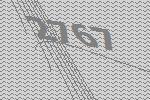
2767